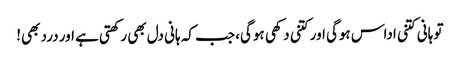
تو ہانی کتنی اداس ہوگی اور کتنی دکھی ہوگی، جب کہ ہانی دل بھی رکھتی ہے اور درد بھی!